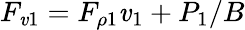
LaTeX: F_{\mathit{v}1}=F_{\rho1}\mathit{v}_{1}+P_{1}/B